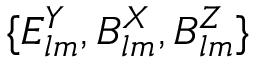
{ \{ E _ { l m } ^ { Y } , B _ { l m } ^ { X } , B _ { l m } ^ { Z } \} }